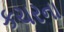
કચરના